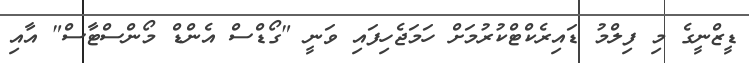
ޑީޒްނީގެ މި ފިލްމު ޑައިރެކްޓްކުރުމަށް ހަމަޖެހިފައި ވަނީ "ގޯޑްސް އެންޑް މޯންސްޓާސް" އާއި